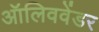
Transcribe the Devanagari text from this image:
ऑलिववेंडर